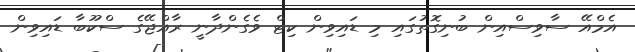
އެމްއޭ ސާވިސްއިން ބުނިގޮތުގައި މި ޑައިވިން ކިޓް ވެގެންދާނީ ރާއްޖޭގެ ސްކޫބާ ޑައިވިން